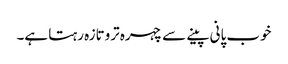
خوب پانی پینے سے چہرہ تروتازہ رہتا ہے۔